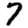
Digit: 7